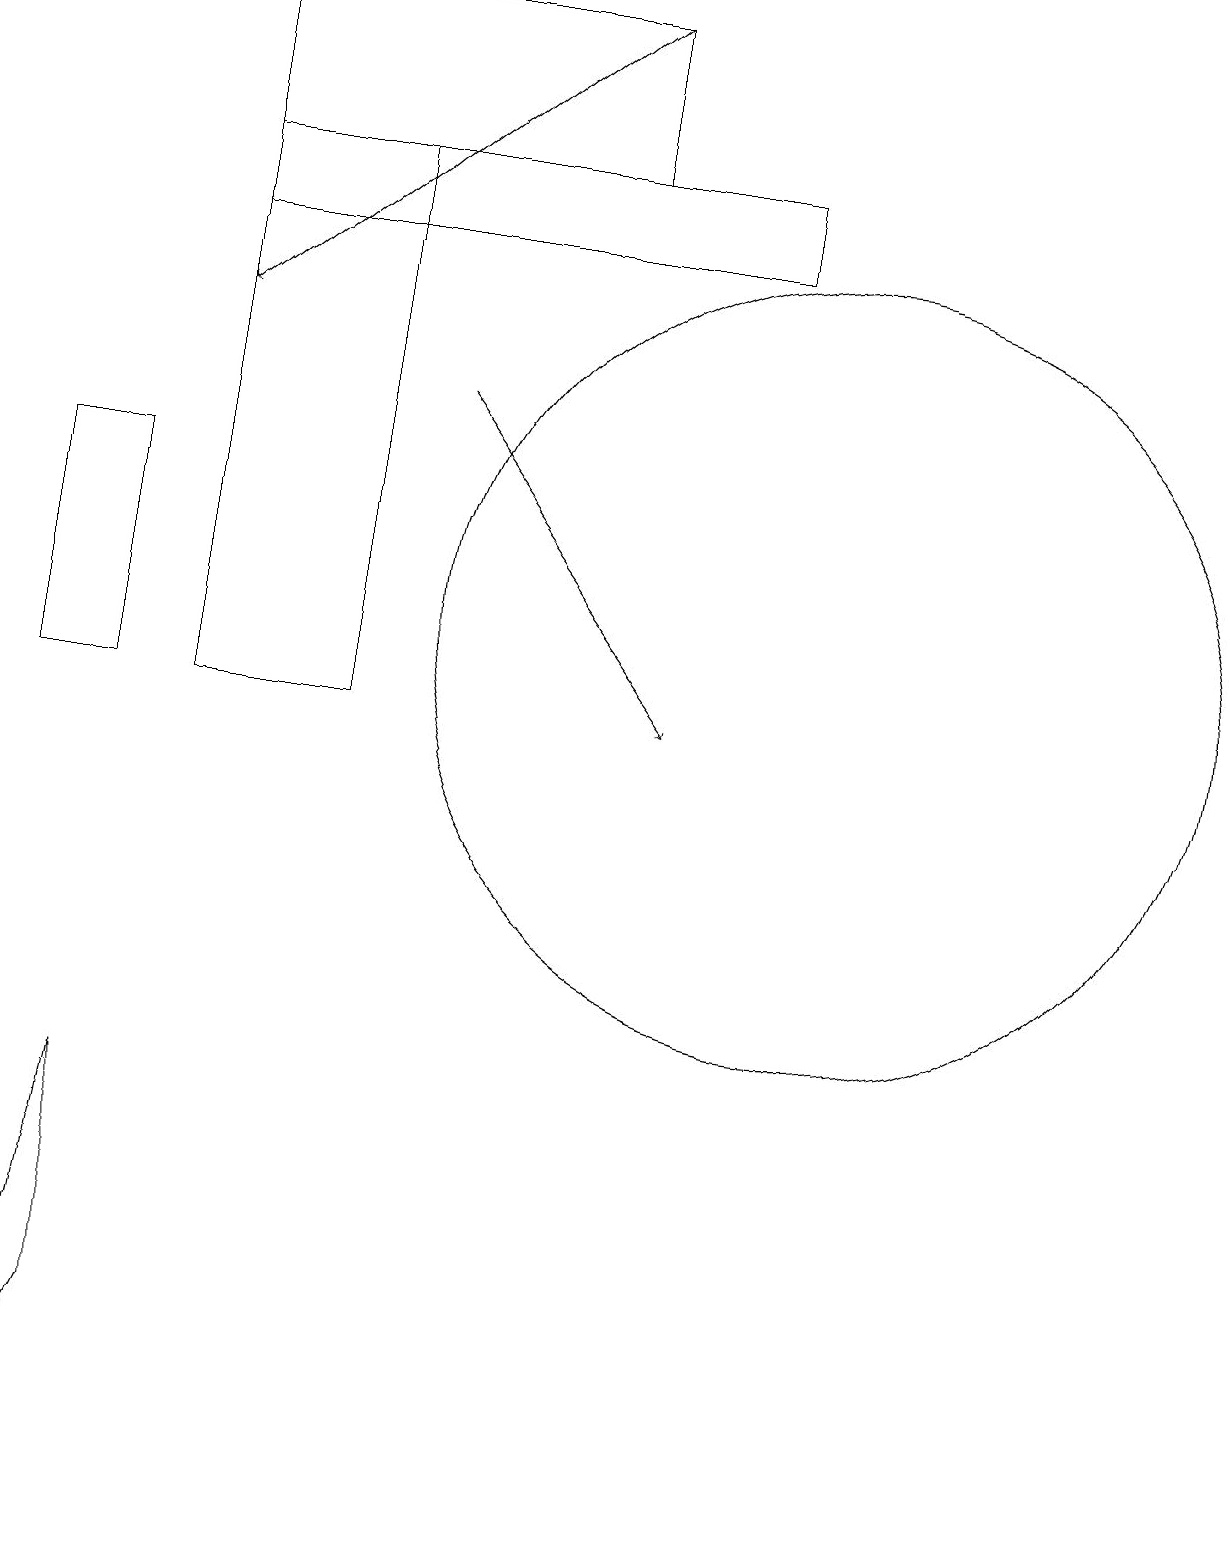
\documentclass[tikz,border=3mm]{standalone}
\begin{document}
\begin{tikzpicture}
\draw (10,11) circle (5);
\draw (4,10) rectangle (2,17);
\draw (7,17) rectangle (2,19);
\draw (0,0) -- (1,2) -- (1,5) -- cycle;
\draw[->] (5,14) -- (8,10);
\draw (2,17) rectangle (9,16);
\draw[->] (7,19) -- (2,15);
\draw (0,13) rectangle (1,10);
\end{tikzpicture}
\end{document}